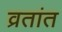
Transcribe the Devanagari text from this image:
व्रतांत